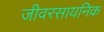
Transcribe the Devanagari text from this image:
जीवरसायनिक